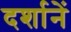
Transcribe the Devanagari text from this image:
दर्शानें